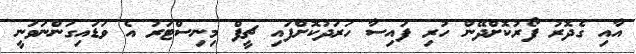
އާއި ގެދޮރު ފޯރުކޮށްދޭން ހުރި ފައިސާ ހަރަދުކޮށްފައި ޗީފް މިނިސްޓަރު އެ ވަޑައިގަންނަވަނީ